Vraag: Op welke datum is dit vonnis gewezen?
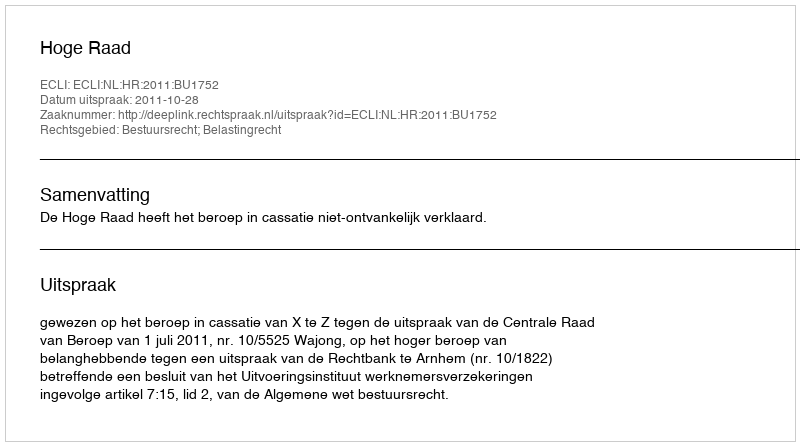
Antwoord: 2011-10-28